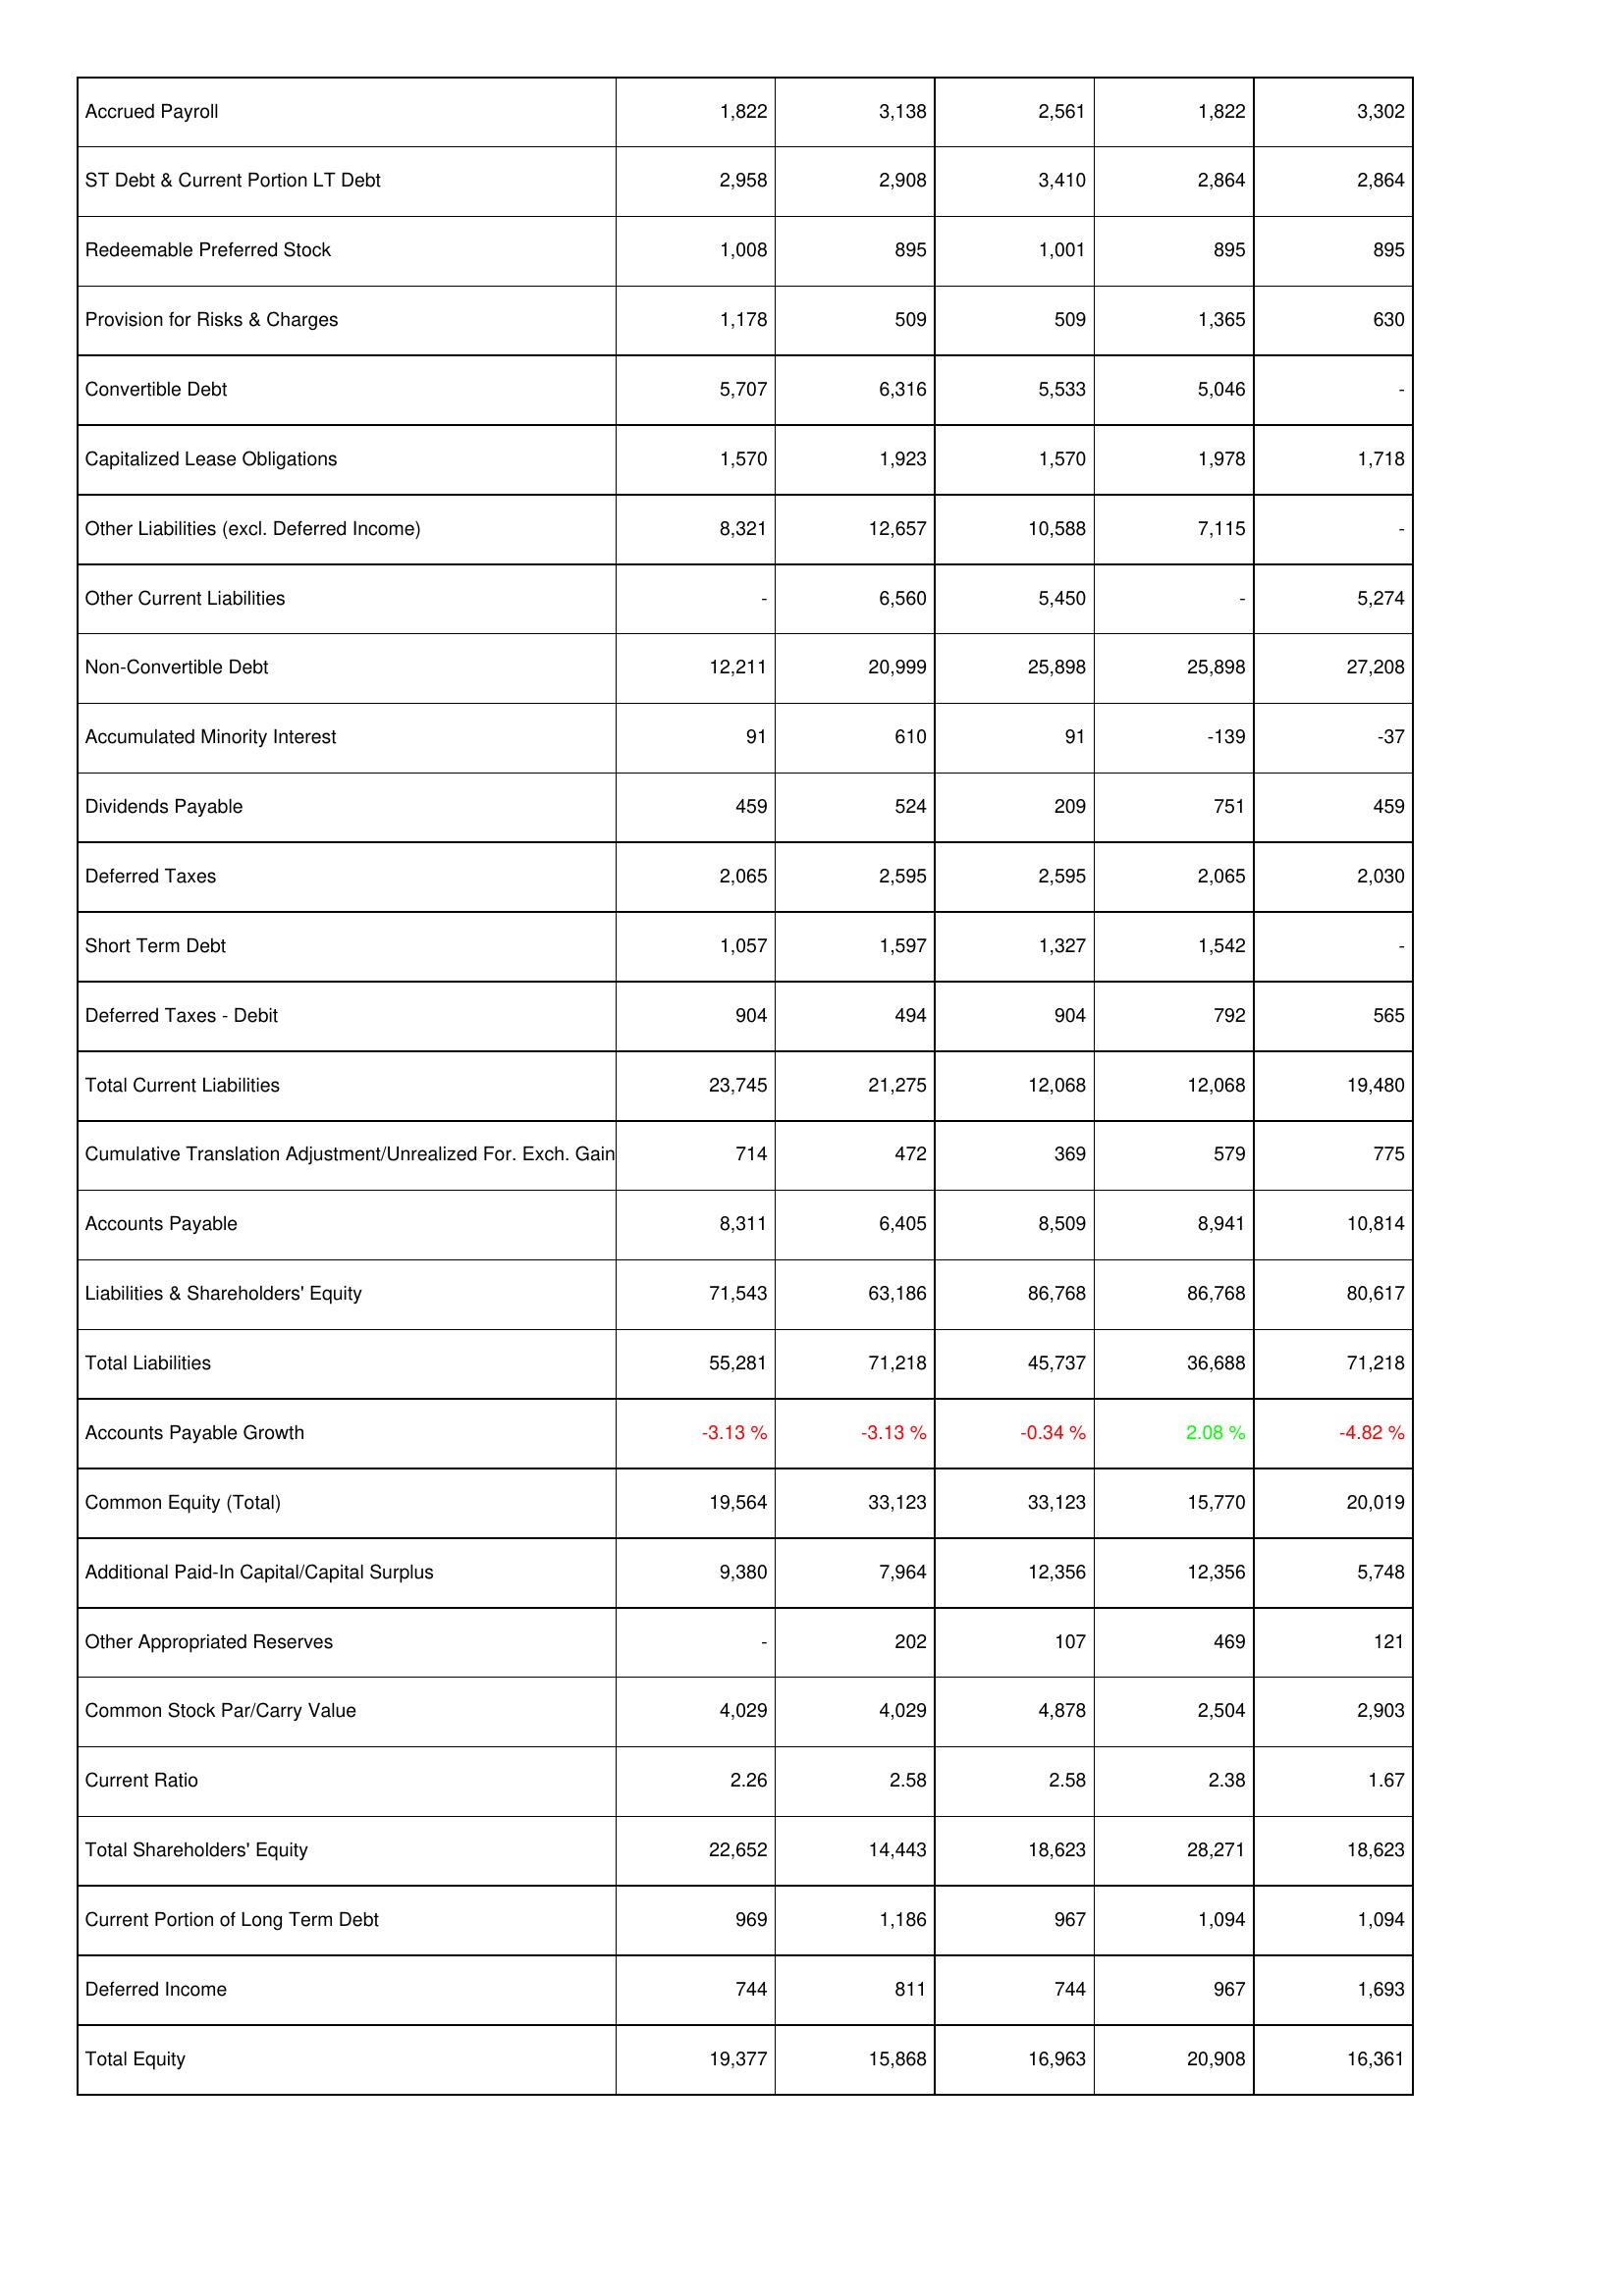
2015: Liabilities & Shareholders' Equity: Accrued Payroll: 1,822
ST Debt & Current Portion LT Debt: 2,958
Redeemable Preferred Stock: 1,008
Provision for Risks & Charges: 1,178
Convertible Debt: 5,707
Capitalized Lease Obligations: 1,570
Other Liabilities (excl. Deferred Income): 8,321
Other Current Liabilities: -
Non-Convertible Debt: 12,211
Accumulated Minority Interest: 91
Dividends Payable: 459
Deferred Taxes: 2,065
Short Term Debt: 1,057
Deferred Taxes - Debit: 904
Total Current Liabilities: 23,745
Cumulative Translation Adjustment/Unrealized For. Exch. Gain: 714
Accounts Payable: 8,311
Liabilities & Shareholders' Equity: 71,543
Total Liabilities: 55,281
Accounts Payable Growth: -3.13 %
Common Equity (Total): 19,564
Additional Paid-In Capital/Capital Surplus: 9,380
Other Appropriated Reserves: -
Common Stock Par/Carry Value: 4,029
Current Ratio: 2.26
Total Shareholders' Equity: 22,652
Current Portion of Long Term Debt: 969
Deferred Income: 744
Total Equity: 19,377
2016: Liabilities & Shareholders' Equity: Accrued Payroll: 3,138
ST Debt & Current Portion LT Debt: 2,908
Redeemable Preferred Stock: 895
Provision for Risks & Charges: 509
Convertible Debt: 6,316
Capitalized Lease Obligations: 1,923
Other Liabilities (excl. Deferred Income): 12,657
Other Current Liabilities: 6,560
Non-Convertible Debt: 20,999
Accumulated Minority Interest: 610
Dividends Payable: 524
Deferred Taxes: 2,595
Short Term Debt: 1,597
Deferred Taxes - Debit: 494
Total Current Liabilities: 21,275
Cumulative Translation Adjustment/Unrealized For. Exch. Gain: 472
Accounts Payable: 6,405
Liabilities & Shareholders' Equity: 63,186
Total Liabilities: 71,218
Accounts Payable Growth: -3.13 %
Common Equity (Total): 33,123
Additional Paid-In Capital/Capital Surplus: 7,964
Other Appropriated Reserves: 202
Common Stock Par/Carry Value: 4,029
Current Ratio: 2.58
Total Shareholders' Equity: 14,443
Current Portion of Long Term Debt: 1,186
Deferred Income: 811
Total Equity: 15,868
2017: Liabilities & Shareholders' Equity: Accrued Payroll: 2,561
ST Debt & Current Portion LT Debt: 3,410
Redeemable Preferred Stock: 1,001
Provision for Risks & Charges: 509
Convertible Debt: 5,533
Capitalized Lease Obligations: 1,570
Other Liabilities (excl. Deferred Income): 10,588
Other Current Liabilities: 5,450
Non-Convertible Debt: 25,898
Accumulated Minority Interest: 91
Dividends Payable: 209
Deferred Taxes: 2,595
Short Term Debt: 1,327
Deferred Taxes - Debit: 904
Total Current Liabilities: 12,068
Cumulative Translation Adjustment/Unrealized For. Exch. Gain: 369
Accounts Payable: 8,509
Liabilities & Shareholders' Equity: 86,768
Total Liabilities: 45,737
Accounts Payable Growth: -0.34 %
Common Equity (Total): 33,123
Additional Paid-In Capital/Capital Surplus: 12,356
Other Appropriated Reserves: 107
Common Stock Par/Carry Value: 4,878
Current Ratio: 2.58
Total Shareholders' Equity: 18,623
Current Portion of Long Term Debt: 967
Deferred Income: 744
Total Equity: 16,963
2018: Liabilities & Shareholders' Equity: Accrued Payroll: 1,822
ST Debt & Current Portion LT Debt: 2,864
Redeemable Preferred Stock: 895
Provision for Risks & Charges: 1,365
Convertible Debt: 5,046
Capitalized Lease Obligations: 1,978
Other Liabilities (excl. Deferred Income): 7,115
Other Current Liabilities: -
Non-Convertible Debt: 25,898
Accumulated Minority Interest: -139
Dividends Payable: 751
Deferred Taxes: 2,065
Short Term Debt: 1,542
Deferred Taxes - Debit: 792
Total Current Liabilities: 12,068
Cumulative Translation Adjustment/Unrealized For. Exch. Gain: 579
Accounts Payable: 8,941
Liabilities & Shareholders' Equity: 86,768
Total Liabilities: 36,688
Accounts Payable Growth: 2.08 %
Common Equity (Total): 15,770
Additional Paid-In Capital/Capital Surplus: 12,356
Other Appropriated Reserves: 469
Common Stock Par/Carry Value: 2,504
Current Ratio: 2.38
Total Shareholders' Equity: 28,271
Current Portion of Long Term Debt: 1,094
Deferred Income: 967
Total Equity: 20,908
2019: Liabilities & Shareholders' Equity: Accrued Payroll: 3,302
ST Debt & Current Portion LT Debt: 2,864
Redeemable Preferred Stock: 895
Provision for Risks & Charges: 630
Convertible Debt: -
Capitalized Lease Obligations: 1,718
Other Liabilities (excl. Deferred Income): -
Other Current Liabilities: 5,274
Non-Convertible Debt: 27,208
Accumulated Minority Interest: -37
Dividends Payable: 459
Deferred Taxes: 2,030
Short Term Debt: -
Deferred Taxes - Debit: 565
Total Current Liabilities: 19,480
Cumulative Translation Adjustment/Unrealized For. Exch. Gain: 775
Accounts Payable: 10,814
Liabilities & Shareholders' Equity: 80,617
Total Liabilities: 71,218
Accounts Payable Growth: -4.82 %
Common Equity (Total): 20,019
Additional Paid-In Capital/Capital Surplus: 5,748
Other Appropriated Reserves: 121
Common Stock Par/Carry Value: 2,903
Current Ratio: 1.67
Total Shareholders' Equity: 18,623
Current Portion of Long Term Debt: 1,094
Deferred Income: 1,693
Total Equity: 16,361